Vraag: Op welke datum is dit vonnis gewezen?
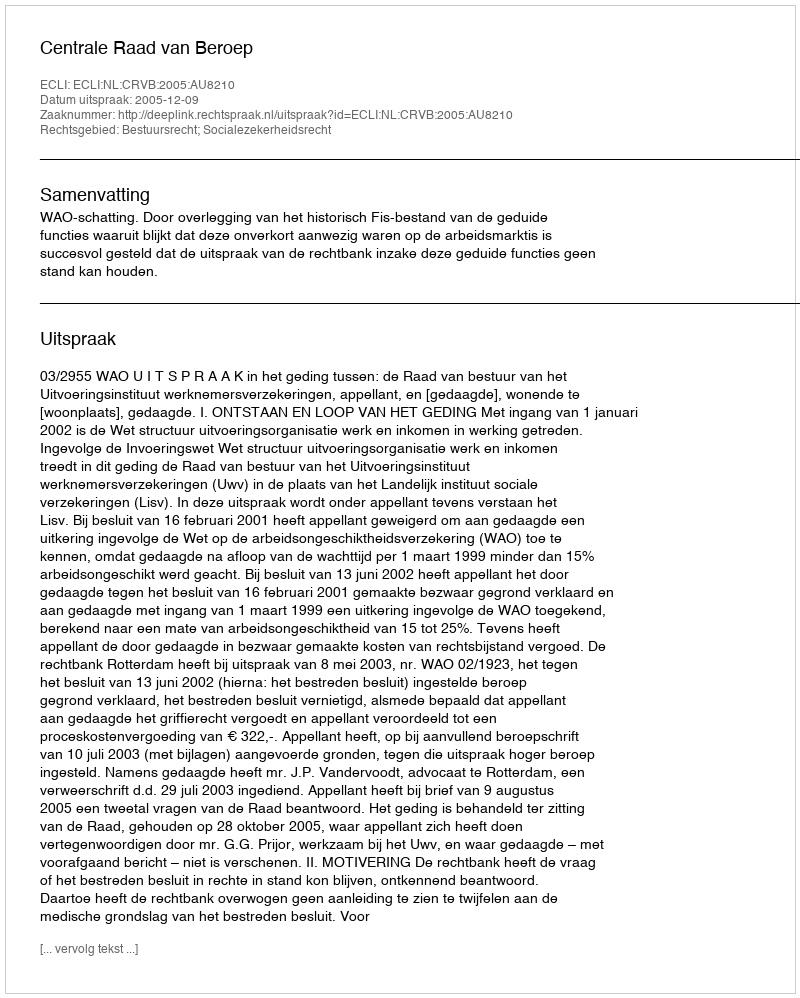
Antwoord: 2005-12-09